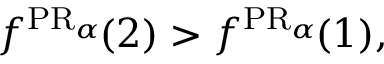
f ^ { \operatorname { P R } _ { \alpha } \! } ( 2 ) > f ^ { \operatorname { P R } _ { \alpha } \! } ( 1 ) ,